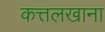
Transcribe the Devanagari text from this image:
कत्तलखाना